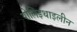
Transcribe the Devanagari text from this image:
पोलिइथाइलीन